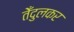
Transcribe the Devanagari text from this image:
तेँदुलकर